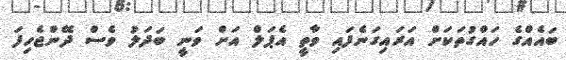
ބައެއްގެ ހައްގުތަކަށް އަރައިގަނެފައި ވާތީ އެޕަލް އަށް ވަނީ ބަދަލު ވެސް ދޭންޖެހިފަ